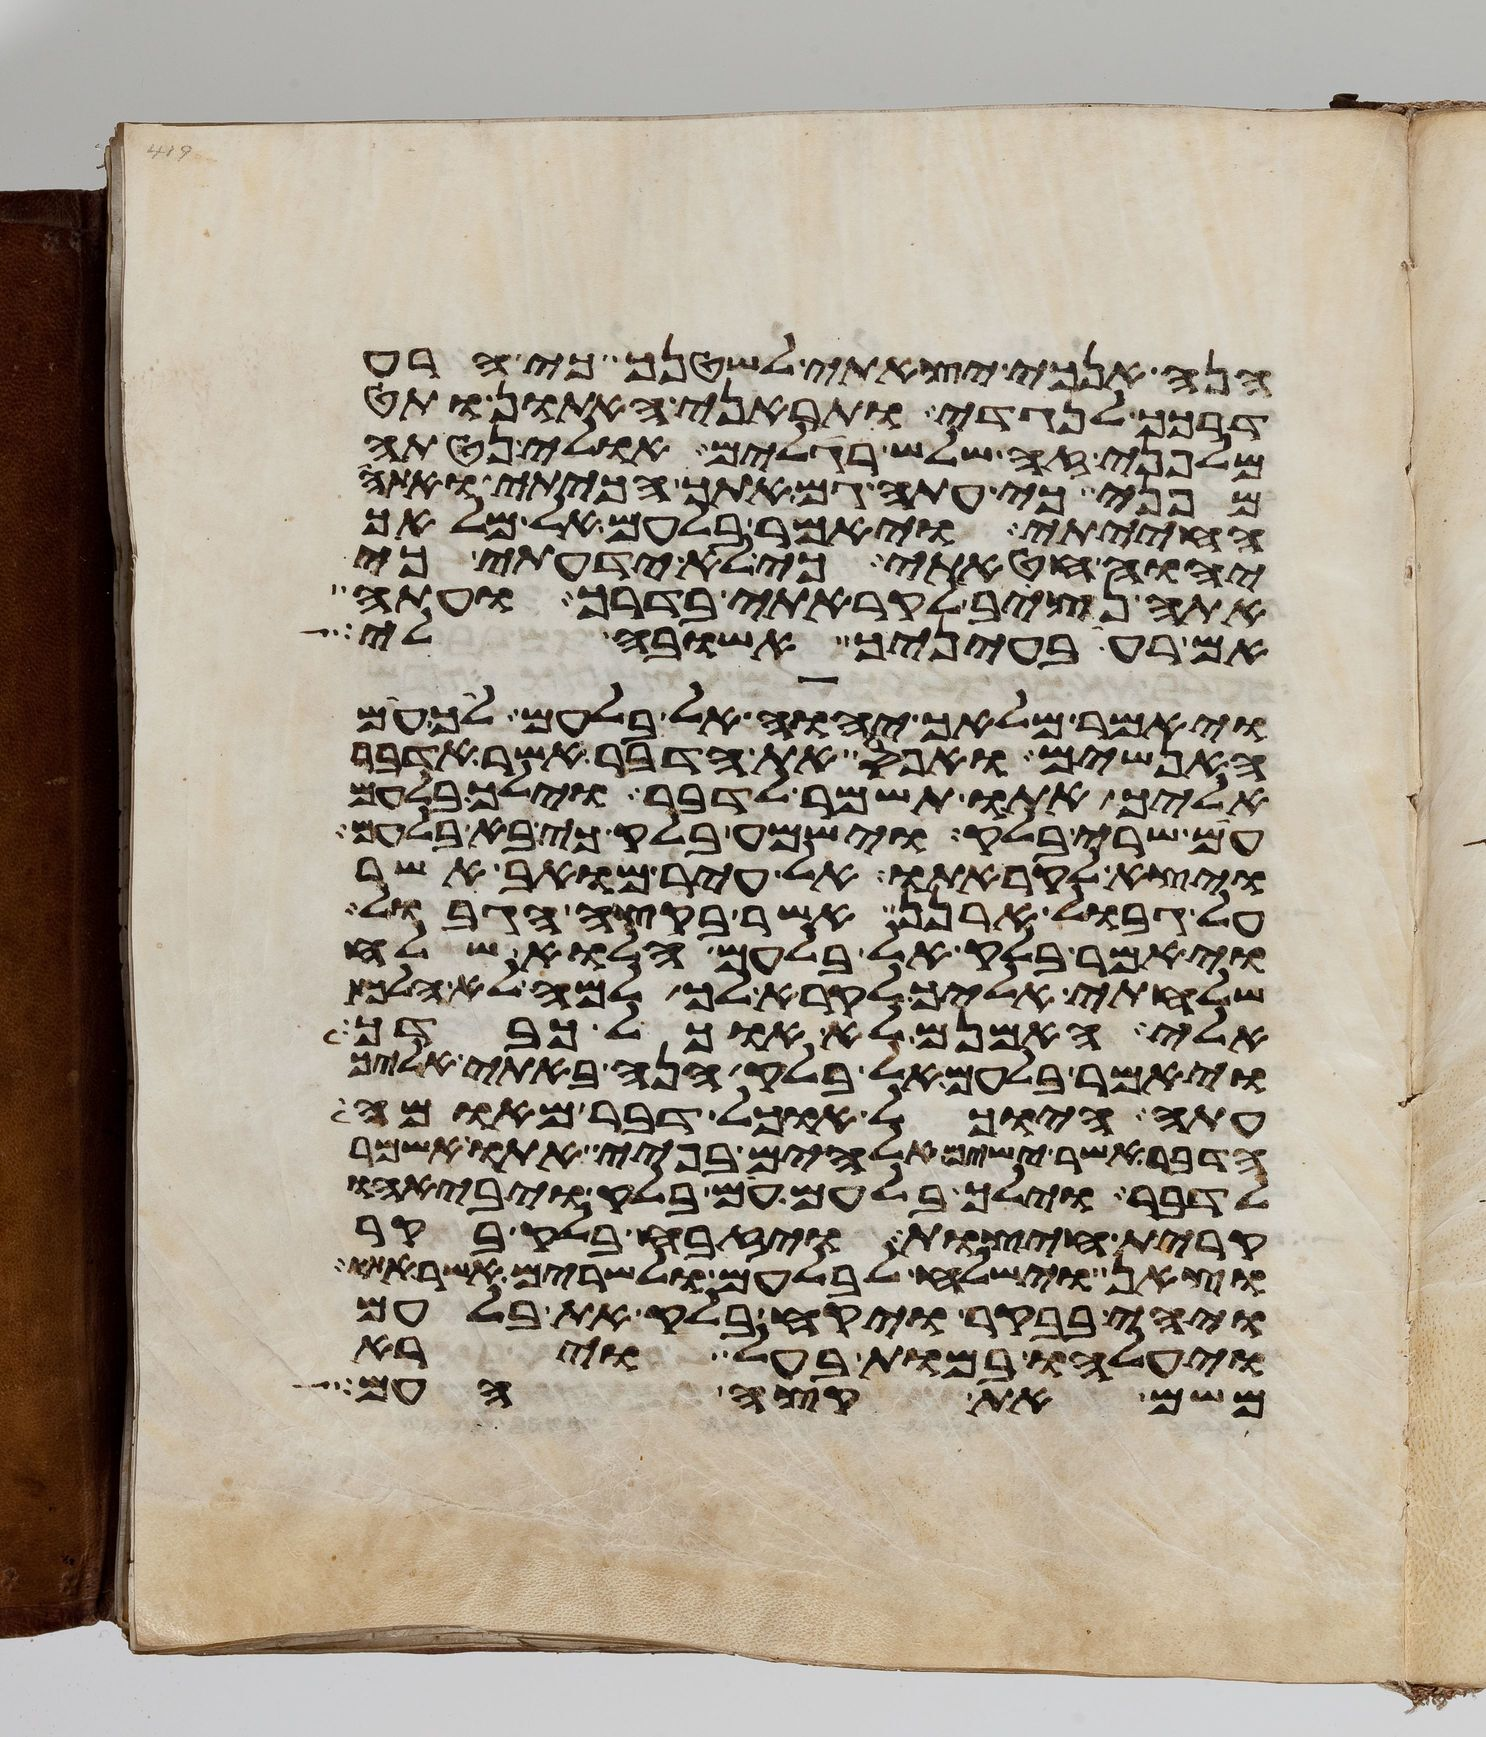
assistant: הנה אנכי יצאתי לשטנך כי הרע
דרכך לנגדי ותראני האתון ותט
מלפני זה שלש רגלים אולי נטתה
מפני כי עתה גם אתך הכיתי ואתה
החייתי ויאמר בלעם אל מלאך
יהוה חטאתי כי לא ידעתי כי
אתה נצב לקראתי בדרך ועתה
אם רעה בעיניך אשובה לי
ויאמר מלאך יהוה אל בלעם לך עם
האנשים ואפס את הדבר אשר אדבר
אליך אתו תשמר לדבר וילך בלעם
עם שרי בלק וישמע בלק כי בא בלעם
ויצא לקראתו אל עיר מואב אשר
על גבול ארנן אשר בקצה הגבול
ויאמר בלק אל בלעם הלוא שלח
שלחתי אליך לקרא לך למה לא הלכת
אלי האמנם לא אוכל כבדך
ויאמר בלעם אל בלק הנה באתי אליך
עתה היוכל אוכל דבר מאומה
הדבר אשר ישים אלהים בפיי אתו אשמר
לדבר וילך בלעם עם בלק ויבאהו
קרית חיצות ויזבח בלק בקר
וצאן וישלח לבלעם ולשרים אשר
ויהי בבקר ויקח בלק את בלעם
ויעלהו במות בעל וירא
משם את קצה העם